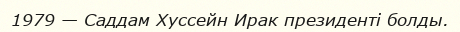
1979 — Саддам Хуссейн Ирак президенті болды.